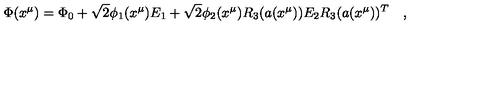
\Phi ( x ^ { \mu } ) = \Phi _ { 0 } + \sqrt { 2 } \phi _ { 1 } ( x ^ { \mu } ) E _ { 1 } + \sqrt { 2 } \phi _ { 2 } ( x ^ { \mu } ) R _ { 3 } ( a ( x ^ { \mu } ) ) E _ { 2 } R _ { 3 } ( a ( x ^ { \mu } ) ) ^ { T } \quad ,